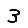
Digit: 3